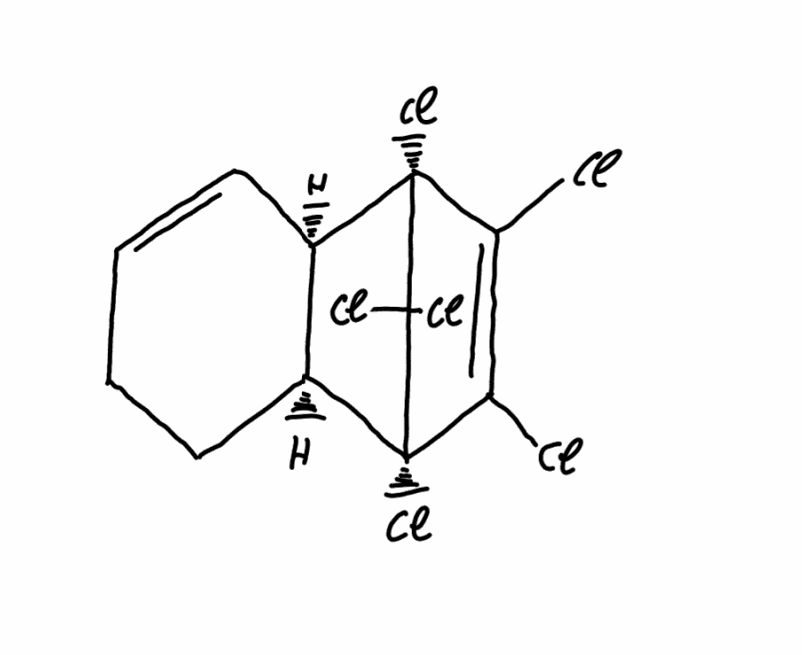
Simplified molecular-input line-entry system (SMILES) notation of the given molecule:
C1C[C@H]2[C@@H](C=C1)[C@]3(C(=C([C@@]2(C3(Cl)Cl)Cl)Cl)Cl)Cl